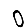
Digit: 0